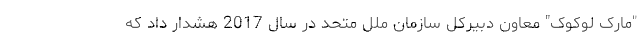
"مارک لوکوک" معاون دبیرکل سازمان ملل متحد در سال 2017 هشدار داد که